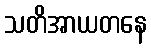
သတိအာယတနေ